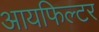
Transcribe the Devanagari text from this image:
आयफिल्टर